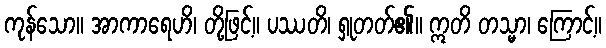
ကုန်သော။ အာကာရေဟိ၊ တို့ဖြင့်။ ပဿတိ၊ ရှုတတ်၏။ ဣတိ တသ္မာ၊ ကြောင့်။